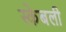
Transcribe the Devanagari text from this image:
स्केबली